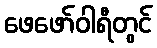
ဖေဖော်ဝါရီတွင်